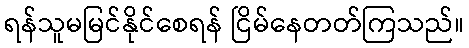
ရန်သူမမြင်နိုင်စေရန် ငြိမ်နေတတ်ကြသည်။